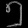
Digit: ၅